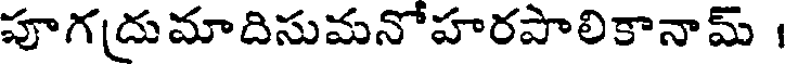
పూగద్రుమాదిసుమనోహరపాలికానామ్ ।